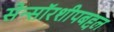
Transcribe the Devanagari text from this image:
सेन्सॉरशीपबद्दल